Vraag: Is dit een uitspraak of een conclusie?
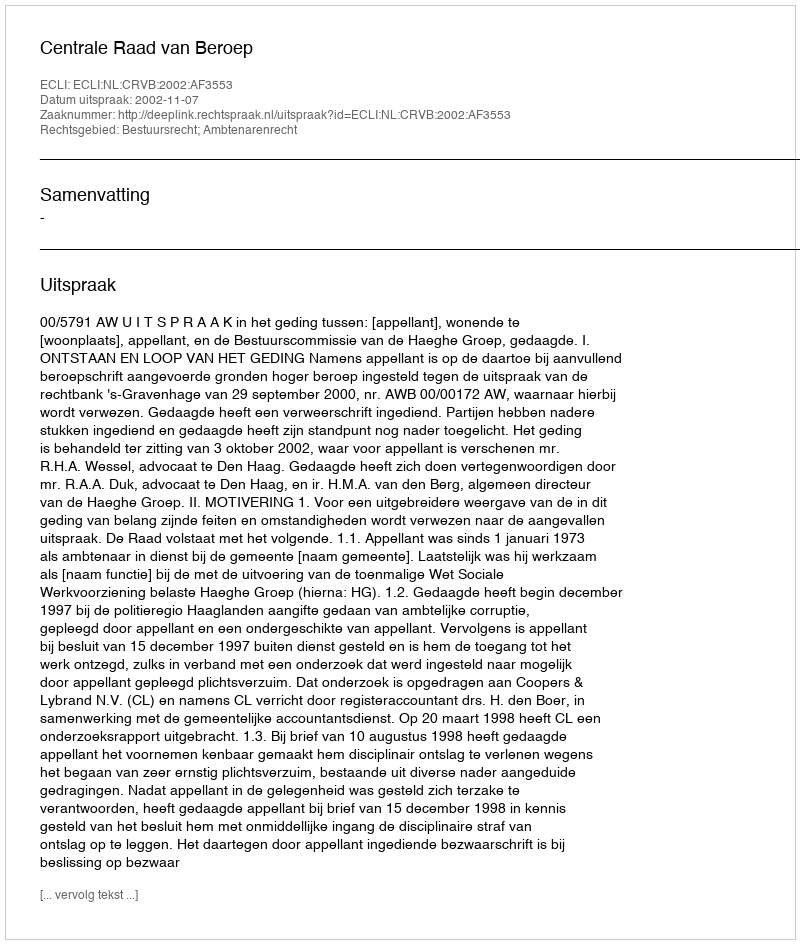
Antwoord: Uitspraak